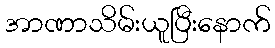
အာဏာသိမ်းယူပြီးနောက်